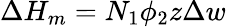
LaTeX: \Delta H_{m}=N_{1}\phi_{2}z\Delta w